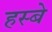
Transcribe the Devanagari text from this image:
हस्बे